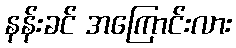
နန်းခင် အကြောင်းလား